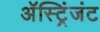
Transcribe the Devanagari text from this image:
अॅस्ट्रिंजंट